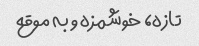
تازه، خوشمزه و به موقع